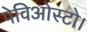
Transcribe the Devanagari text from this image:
पेविओस्टो।